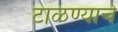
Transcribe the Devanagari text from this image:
टाळण्याचे